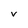
Character: v